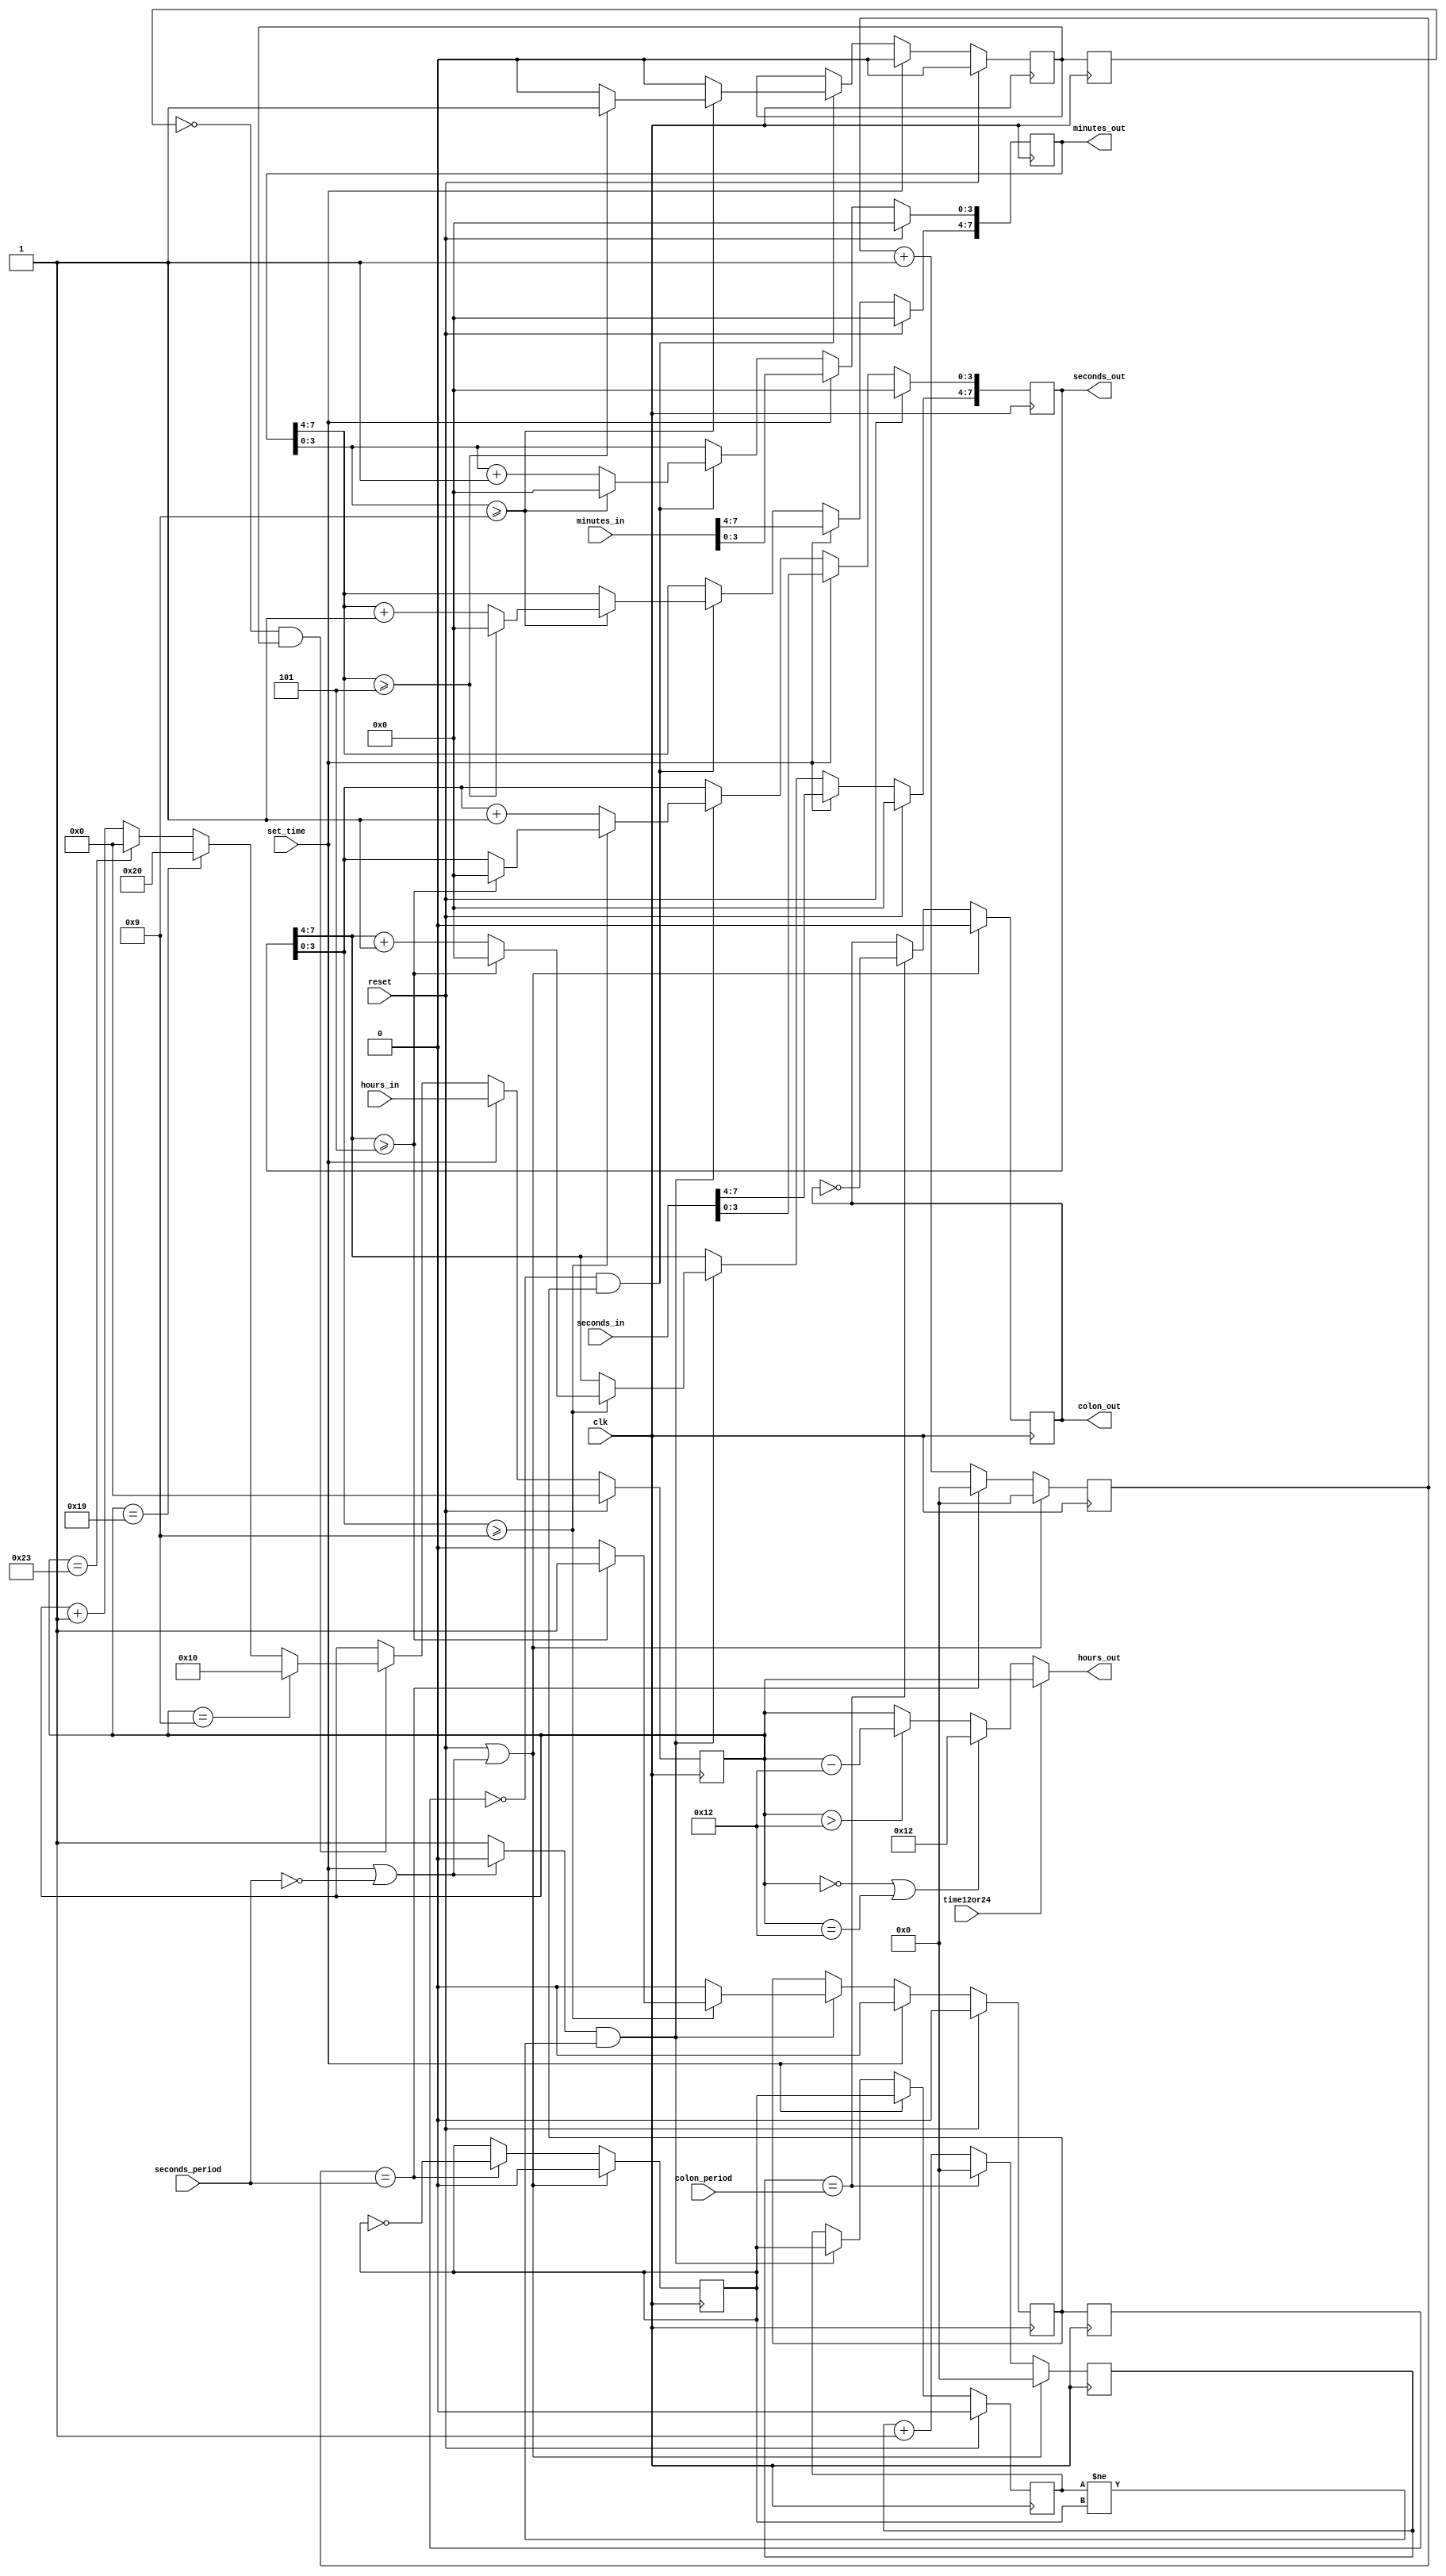
`timescale 1ns / 1ps
`default_nettype none

//////////////////////////////////////////////////////////////////////////////////
// Company: 
// Engineer: 
// 
// Design Name: 
// Module Name: timekeeper
// Project Name: 
// Target Devices: 
// Tool Versions: 
// Description: 
// 
// Dependencies: 
// 
// Revision:
// Revision 0.01 - File Created
// Additional Comments:
// 
//////////////////////////////////////////////////////////////////////////////////


module timekeeper(
    // input clock and reset signal
    input wire clk,             
    input wire reset,

    input wire set_time,    // update current time when set
    input wire time12or24,  // time in 12 or 24 hours
    
    // periods for a second and colon blink rate
    input wire [31:0] seconds_period,   
    input wire [31:0] colon_period,
    
    // BCD input for hours, minutes, and seconds
    input wire [7:0] hours_in,
    input wire [7:0] minutes_in,
    input wire [7:0] seconds_in,
    
    // BCD output for hours, minutes, and seconds
    output wire [7:0] hours_out,
    output reg [7:0] minutes_out,
    output reg [7:0] seconds_out,
    
    output wire colon_out
    );
    
    // internal registers
    reg [31:0] seconds_count;   // seconds counter
    reg [31:0] colon_count;     // colon counter
    reg [7:0] hours24;          // internal hours in 24 hours

    // internal signals
    wire clock_enable;
    assign clock_enable = ((set_time == 1) || (seconds_period == 32'd0)) ? 0 : 1;
    
    // drive the seconds clock
    reg seconds_clock;
    always @(posedge clk) begin
        if ((reset == 1) || (~clock_enable)) begin
            seconds_count <= 32'd0;
            seconds_clock <= 0;
        end 
        else if (seconds_count == seconds_period) begin
            seconds_count <= 32'd0;
            seconds_clock <= ~seconds_clock;
        end
        else 
            seconds_count <= seconds_count + 1;
    end
       
    // drive the seconds clock
    reg colon_clock;
    always @(posedge clk) begin
        if ((reset == 1) || (~clock_enable)) begin
            colon_count <= 32'd0;
            colon_clock <= 0;
        end 
        else if (colon_count == colon_period) begin
            colon_count <= 32'd0;
            colon_clock <= ~colon_clock;
        end
        else 
            colon_count <= colon_count + 1;
    end          
    
    reg last_seconds_clock = 0;
    reg carry_seconds;
    
    always @(posedge clk) begin
        if (reset == 1) begin
            seconds_out <= 8'h0; 
            last_seconds_clock <= 0;
            carry_seconds <= 0;
        end 
        else if (set_time == 1) begin
            seconds_out <= seconds_in;
            last_seconds_clock <= seconds_clock;
            carry_seconds <= 0;
        end
        else if ((clock_enable) && (last_seconds_clock != seconds_clock)) begin
            last_seconds_clock <= seconds_clock;
            carry_seconds <= 0;
            
            // handle carries through seconds
            if (seconds_out[3:0] >= 4'd9) begin
                if (seconds_out[7:4] >= 4'd5) begin
                    carry_seconds <= 1;
                    seconds_out <= 8'd0;
                end
                else begin
                    seconds_out[7:4] <= seconds_out[7:4] + 1;
                end
            end
            else begin
                seconds_out[3:0] <= seconds_out[3:0] + 1;
            end 
        end
    end

    reg carry_minutes = 0;
    reg last_carry_seconds = 0;
    always @(posedge clk) begin
        if (reset == 1) begin
            minutes_out <= 8'd0;
            carry_minutes <= 0;
            last_carry_seconds <= 0;
        end
        else if (set_time == 1'b1) begin
            minutes_out <= minutes_in;
            carry_minutes <= 0;
            last_carry_seconds <= 0;
        end
        else if ((last_carry_seconds == 1'b0) && (carry_seconds == 1'b1)) begin
            carry_minutes <= 0;
            if (minutes_out[3:0] >= 4'd9) begin
                minutes_out[3:0] <= 4'd0;
                
                if (minutes_out[7:4] >= 4'd5) begin
                    minutes_out[7:4] <= 4'd0;
                    carry_minutes <= 1;
               end
               else begin
                    minutes_out[7:4] <= minutes_out[7:4] + 1;
               end
            end
            else begin
                minutes_out[3:0] <= minutes_out[3:0] + 1;
            end           
        end    
        last_carry_seconds <= carry_seconds;            
      end
            
    reg last_carry_minutes = 0;
    always @(posedge clk) begin
        if (reset == 1) begin
            hours24 <= 8'd0;
            last_carry_minutes <= 0;
        end
        else if (set_time == 1) begin
             hours24 <= hours_in;
             last_carry_minutes <= 0;
        end
        else if ((last_carry_minutes == 0) && (carry_minutes == 1)) begin
            if (hours24 == 8'h09) 
                hours24 <= 8'h10;
            else if (hours24 == 8'h19)
                hours24 <= 8'h20;
            else if (hours24 == 8'h23)
                hours24 <= 8'h00;
            else
                hours24 <= hours24 + 1;
        end
        last_carry_minutes <= carry_minutes;        
   end
       
            
     assign hours_out = (time12or24 == 1) ?  hours24 :
                ((hours24 == 8'h0) || (hours24 == 8'h12)) ? 8'h12 :
                (hours24 > 8'h12) ? hours24 - 8'h12 : hours24;
                

     assign colon_out = colon_clock;     
endmodule